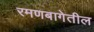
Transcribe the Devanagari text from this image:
रमणबागेतील